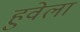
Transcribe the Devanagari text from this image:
हुवेला